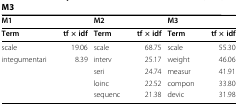
<table><thead><tr><td colspan="2"><b>M1</b></td><td colspan="2"><b>M2</b></td><td colspan="2"><b>M3</b></td></tr></thead><tbody><tr><td><b>Term</b></td><td><b>tf × idf</b></td><td><b>Term</b></td><td><b>tf × idf</b></td><td><b>Term</b></td><td><b>tf × idf</b></td></tr><tr><td>scale</td><td>19.06</td><td>scale</td><td>68.75</td><td>scale</td><td>55.30</td></tr><tr><td>integumentari</td><td>8.39</td><td>interv</td><td>25.17</td><td>weight</td><td>46.06</td></tr><tr><td></td><td></td><td>seri</td><td>24.74</td><td>measur</td><td>41.91</td></tr><tr><td></td><td></td><td>loinc</td><td>22.52</td><td>compon</td><td>33.80</td></tr><tr><td></td><td></td><td>sequenc</td><td>21.38</td><td>devic</td><td>31.98</td></tr></tbody></table>